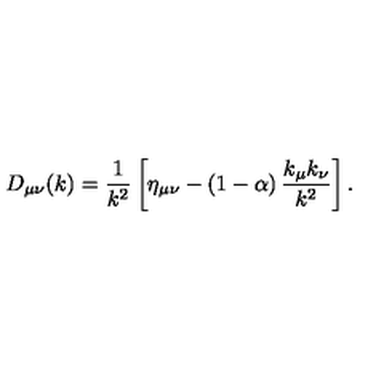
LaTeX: D _ { \mu \nu } ( k ) = { \frac { 1 } { k ^ { 2 } } } \left[ \eta _ { \mu \nu } - \left( 1 - \alpha \right) { \frac { k _ { \mu } k _ { \nu } } { k ^ { 2 } } } \right] .